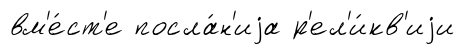
вм'е́ст'е посла́н'иjа р'ел'и́кв'иjи